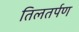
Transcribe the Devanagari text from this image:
तिलतर्पण